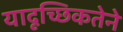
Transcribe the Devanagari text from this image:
यादृच्छिकतेने